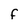
Character: F